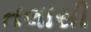
તલાસી